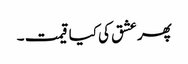
پھر عشق کی کیا قیمت ۔